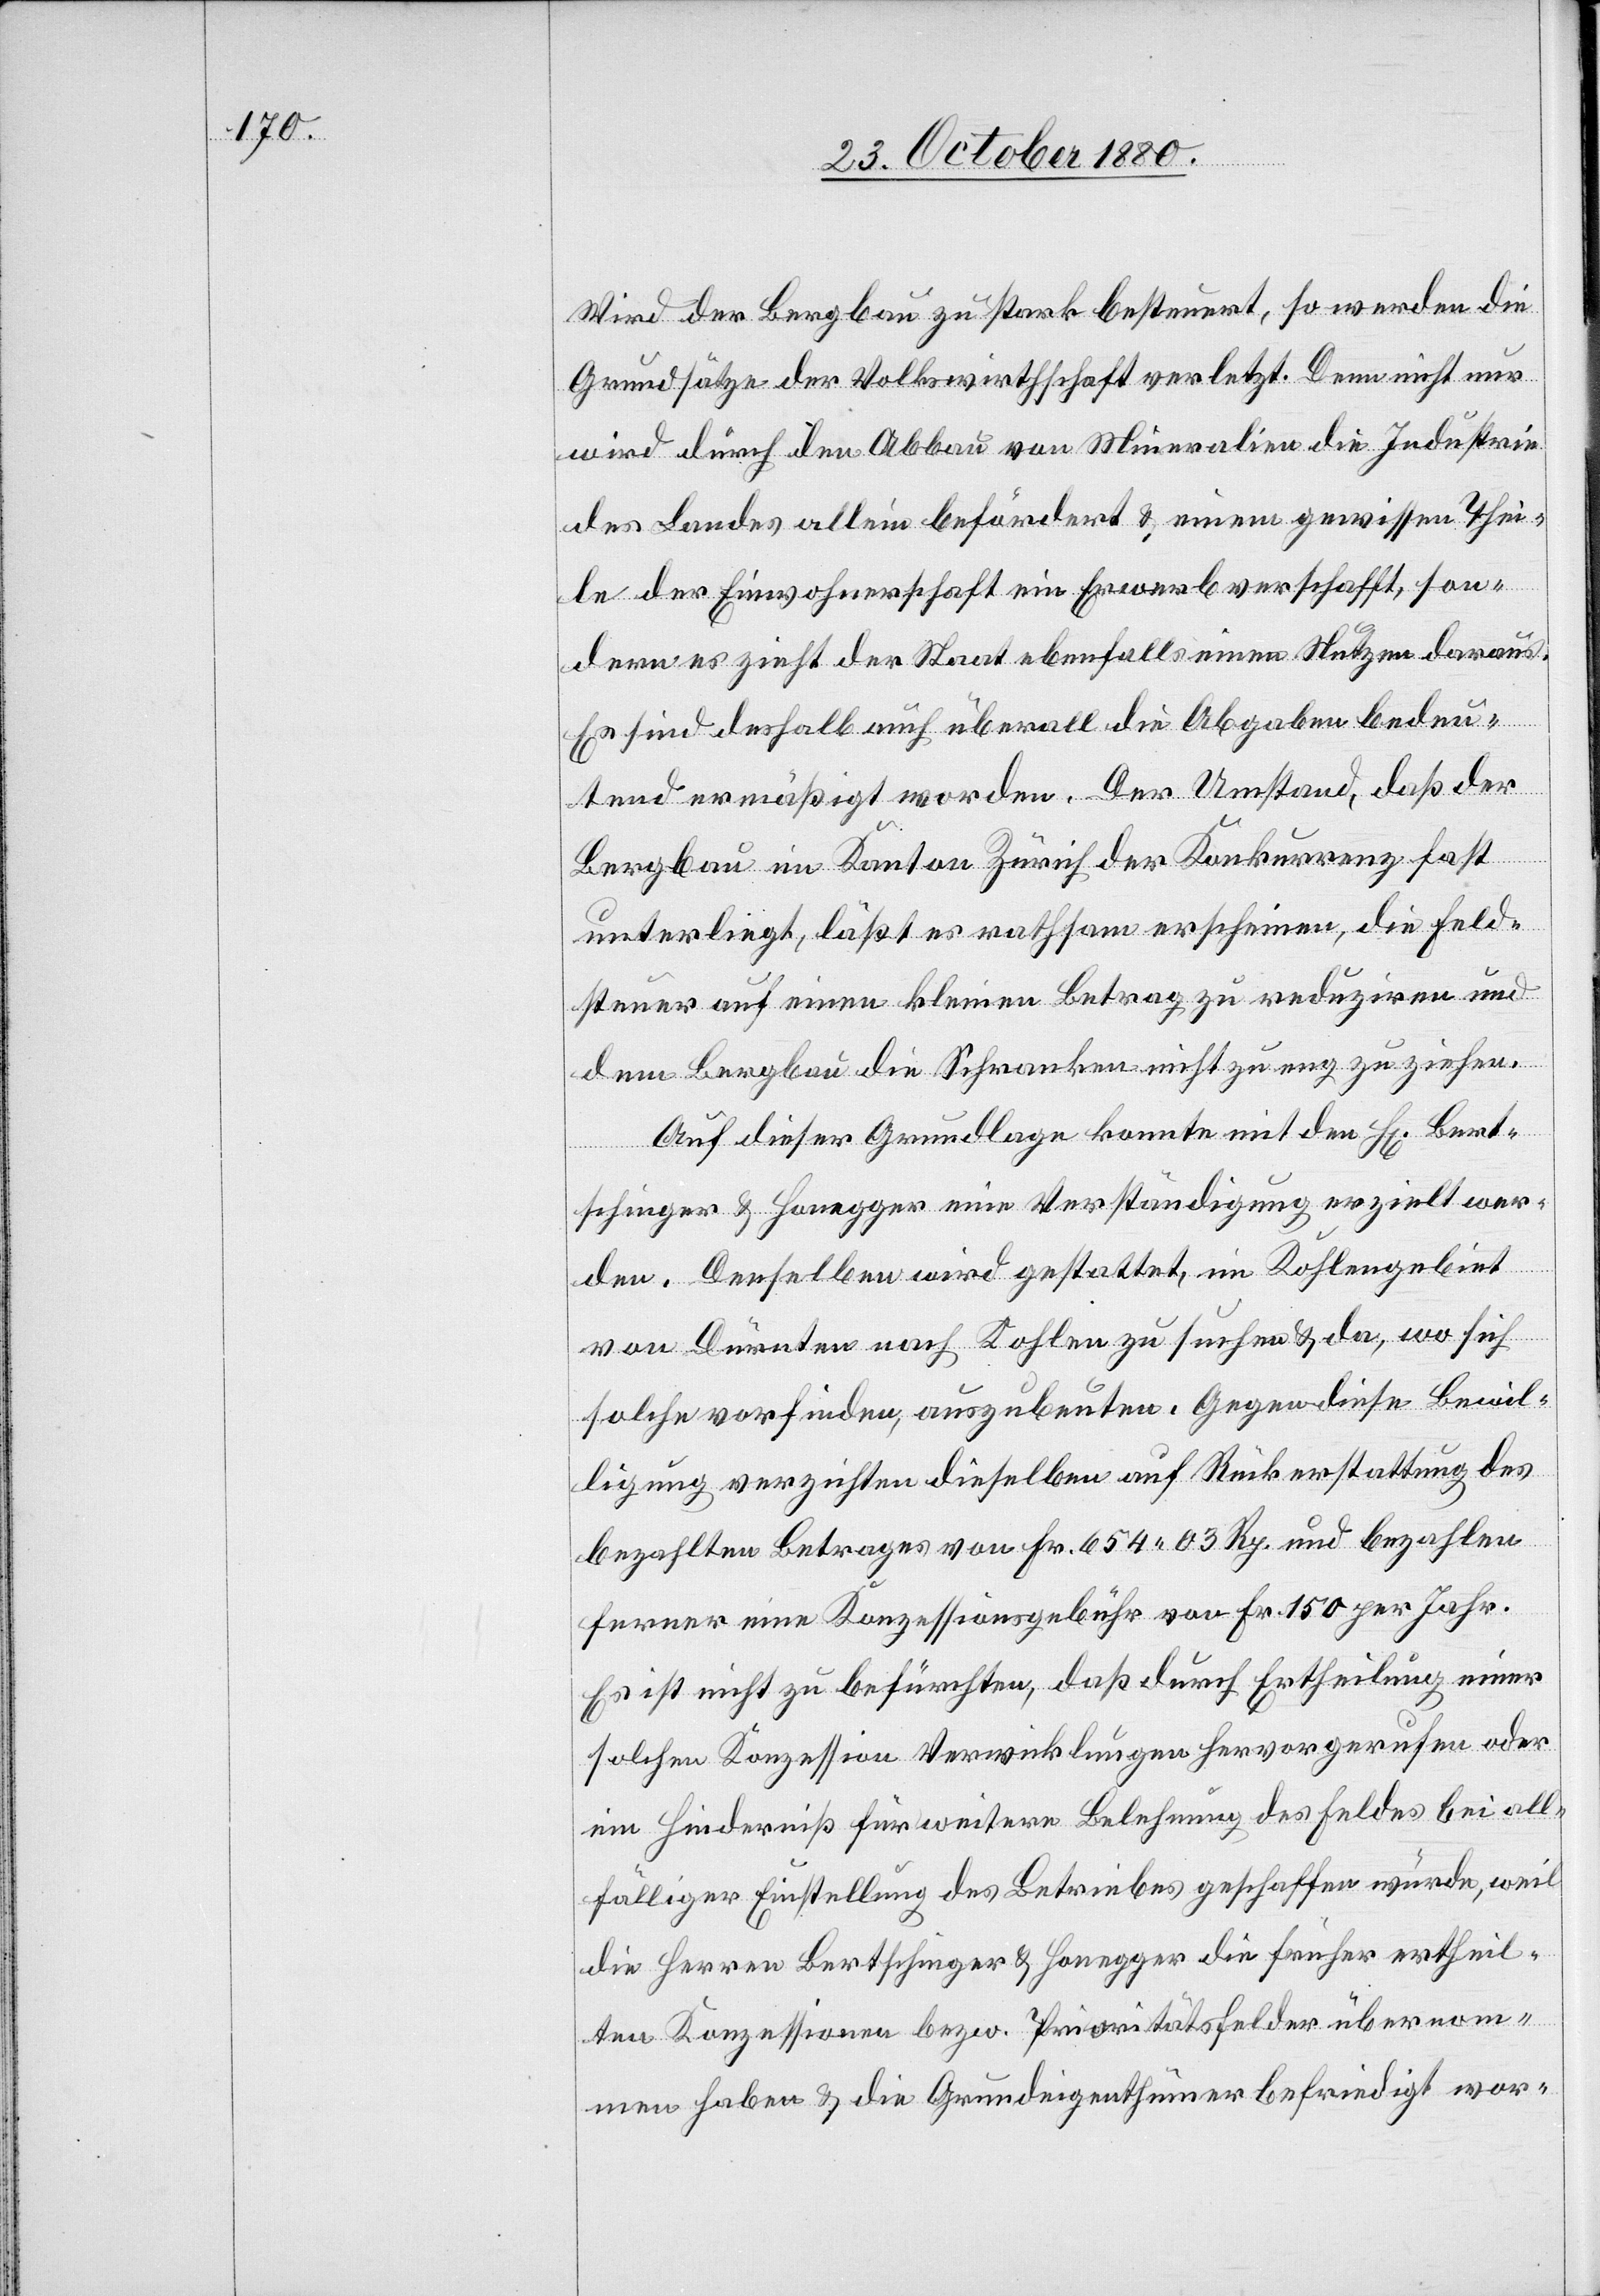
Wird der Bergbau zu stark besteuert, so werden die
Grundsätze der Volkswirtschaft verletzt. Denn nicht nur
wird durch den Abbau von Mineralien die Industrie
des Landes allein befördert & einem gewissen Thei¬
le der Einwohnerschaft ein Erwerb verschafft, son¬
dern es zieht der Staat ebenfalls einen Nutzen daraus.
Es sind deshalb auch überall die Abgaben bedeu¬
tend ermäßigt worden. Der Umstand, daß der
Bergbau im Kanton Zürich der Konkurrenz fast
unterliegt, läßt es rathsam erscheinen, die Feld¬
steuer auf einen kleinen Betrag zu reduziren und
dem Bergbau die Schranken nicht zu eng zu ziehen.
Auf dieser Grundlage konnte mit den H[erren] Bert¬
schinger & Honegger eine Verständigung erzielt wer¬
den. Denselben wird gestattet, im Kohlengebiet
von Dürnten nach Kohlen zu suchen & da, wo sich
solche vorfinden, auszubeuten. Gegen diese Bewil¬
ligung verzichten dieselben auf Rückerstattung des
bezahlten Betrages von Fr. 654 03 Rp. und bezahlen
ferner eine Konzessionsgebühr von Fr. 150 per Jahr.
Es ist nicht zu befürchten, daß durch Ertheilung einer
solchen Konzession Verwicklungen hervorgerufen oder
ein Hinderniß für weitere Belehnung des Feldes bei all¬
fälliger Einstellung des Betriebes geschaffen würde, weil
die Herren Bertschinger & Honegger die früher ertheil¬
ten Konzessionen bezw. Prioritätsfelder übernom¬
men haben & die Grundeigenthümer befriedigt wor-